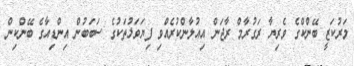
މަރުކަޒީ ބޭންކްގެ ވެރިޔާ ރަގުރާމް ރާޖަން އިއުލާންކުރެއްވި ފިޔަވަޅުތަކުގެ ސަބަބުން އިންޑިއާގެ ބޭންކިން